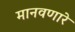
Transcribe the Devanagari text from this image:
मानवणारे